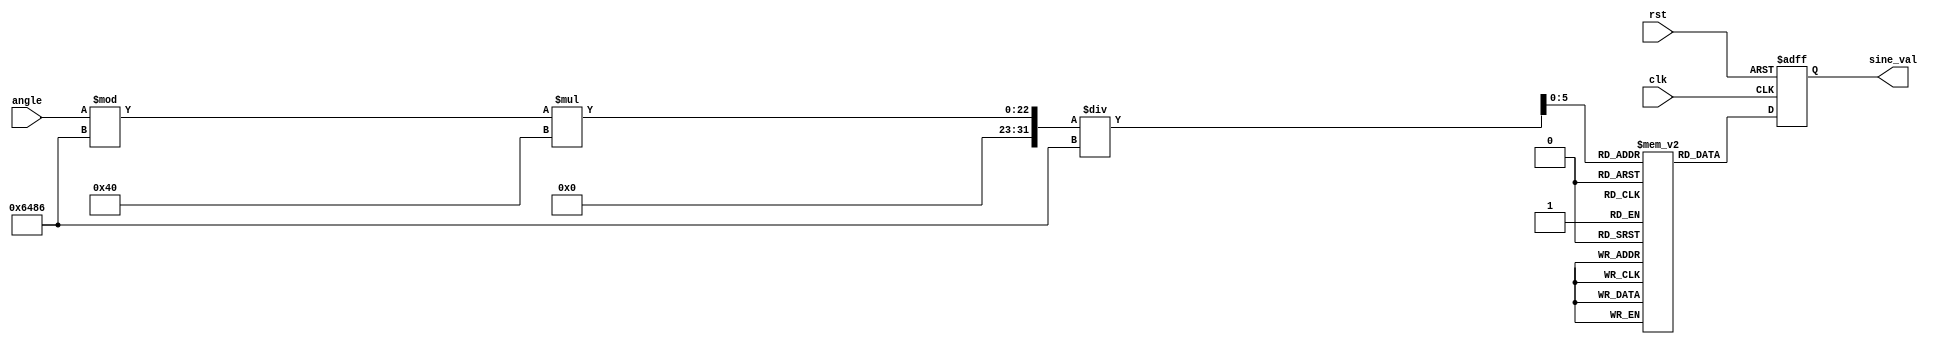
module SineFunctionBlock (
    input wire [15:0] angle,  // Input angle in radians (fixed-point representation)
    input wire clk,            // Clock signal
    input wire rst,            // Reset signal
    output reg [15:0] sine_val // Output sine value (fixed-point representation)
);

    // Parameters
    parameter LUT_SIZE = 64;    // Size of the sine lookup table
    parameter PI = 16'h3243;     // Approximation of  in fixed-point
    parameter TWO_PI = 16'h6486; // Approximation of 2 in fixed-point

    // Sine lookup table (pre-calculated values)
    reg [15:0] sine_lut [0:LUT_SIZE-1];

    // Initialization of lookup table with sine values
    initial begin
        // Populate the LUT with sine values (example values)
        // (You can replace these with actual sine values)
        sine_lut[0] = 16'h0000; // sin(0)
        sine_lut[1] = 16'h1A3D; // sin(0.1)
        sine_lut[2] = 16'h34A2; // sin(0.2)
        sine_lut[3] = 16'h4B2C; // sin(0.3)
        // ... Continue filling the LUT ...
        sine_lut[LUT_SIZE-1] = 16'h0000; // sin(2)
    end

    // Internal signals
    reg [15:0] normalized_angle;
    reg [5:0] lut_index;
    reg [15:0] sine_result;

    // Input normalization and LUT index calculation
    always @(posedge clk or posedge rst) begin
        if (rst) begin
            sine_val <= 16'h0000; // Reset output
        end else begin
            // Normalize the angle to [0, 2]
            normalized_angle = angle % TWO_PI;

            // Calculate LUT index
            lut_index = normalized_angle * LUT_SIZE / TWO_PI;

            // Fetch sine value from LUT
            sine_result = sine_lut[lut_index];

            // Output the sine value
            sine_val <= sine_result;
        end
    end

endmodule